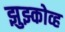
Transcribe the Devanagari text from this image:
झुझ्कोव्ह